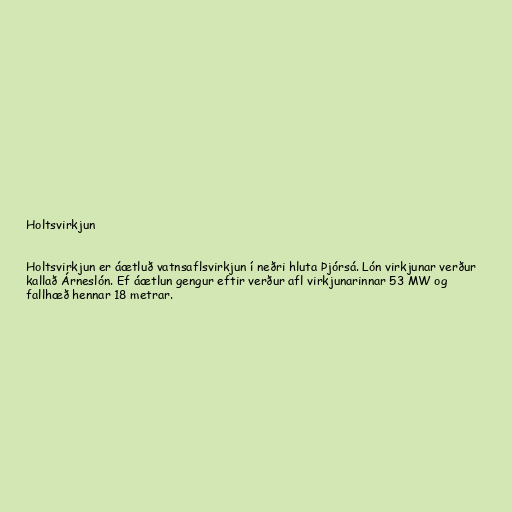
Holtsvirkjun

Holtsvirkjun er áætluð vatnsaflsvirkjun í neðri hluta Þjórsá. Lón virkjunar verður
kallað Árneslón. Ef áætlun gengur eftir verður afl virkjunarinnar 53 MW og
fallhæð hennar 18 metrar.